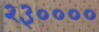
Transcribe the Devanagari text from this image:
२३००००